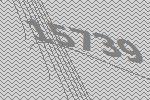
15739